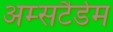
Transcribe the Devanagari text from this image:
अम्सटैर्डम